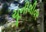
યૂનીલીવર